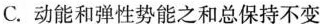
C.动能和弹性势能之和总保持不变